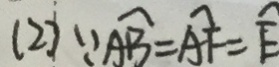
( 2 ) \because \widehat { A B } = \widehat { A F } = \widehat { E }